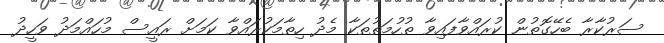
ސަރުކާރާ ބެހޭގޮތުން ކުރައްވާފައިވާ ތުހުމަތުތަކާ މެދު ހިތާމަކުރައްވާ ކަމަށް ރައީސް މުހައްމަދު ވަހީދު